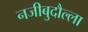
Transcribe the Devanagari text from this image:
नजीबुदौल्ला